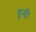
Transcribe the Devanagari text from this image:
डुन्डी